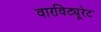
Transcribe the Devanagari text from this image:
वारविट्यूरेट